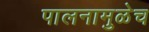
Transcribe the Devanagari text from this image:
पालनामुळेच